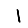
Digit: 1